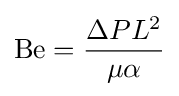
\mathrm {Be} ={\frac {\Delta PL^{2}}{\mu \alpha }}